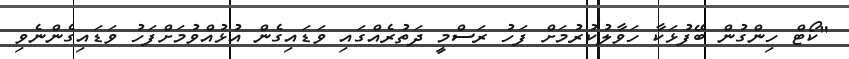
"ކޯޓް ހިންގުން ބޭފުޅަކާ ހަވާލުކުރުމަށް ފަހު ރަސްމީ ދަތުރެއްގައި ވަޑައިގެން އުޅުއްވުމަށްފަހު ވަޑައިގެންނެވި